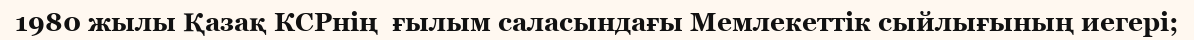
1980 жылы Қазақ КСРнің  ғылым саласындағы Мемлекеттік сыйлығының иегері;